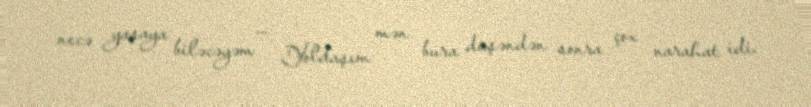
necə yaşaya biləcəyəm ... Yoldaşım mən bura düşəndən sonra çox narahat idi.